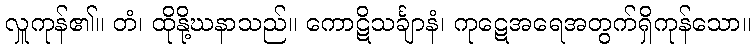
လှူကုန်၏။ တံ၊ ထိုနို့ဃနာသည်။ ကောဋိသင်္ချာနံ၊ ကုဋေအရေအတွက်ရှိကုန်သော။